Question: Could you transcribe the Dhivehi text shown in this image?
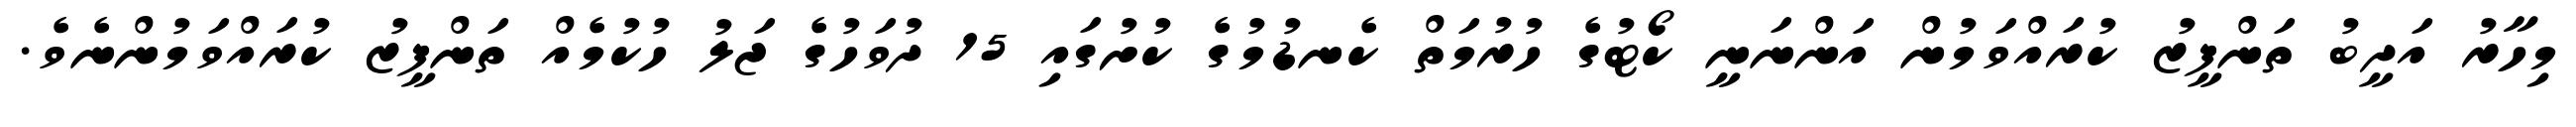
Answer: މިހާރު އަދީބު ތަންފީޒު ކުރައްވަމުން އަންނަނީ ކޯޓުގެ ހުރުމަތް ކެނޑުމުގެ ކުށުގައި 15 ދުވަހުގެ ޖަލު ހުކުމެއް ތަންފީޒު ކުރައްވަމުންނެވެ.